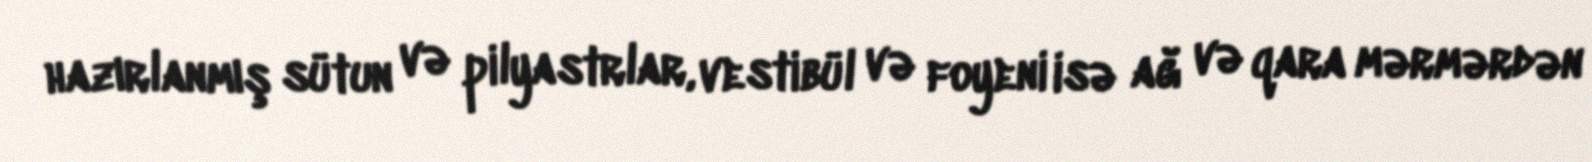
hazırlanmış sütun və pilyastrlar, vestibül və foyeni isə ağ və qara mərmərdən